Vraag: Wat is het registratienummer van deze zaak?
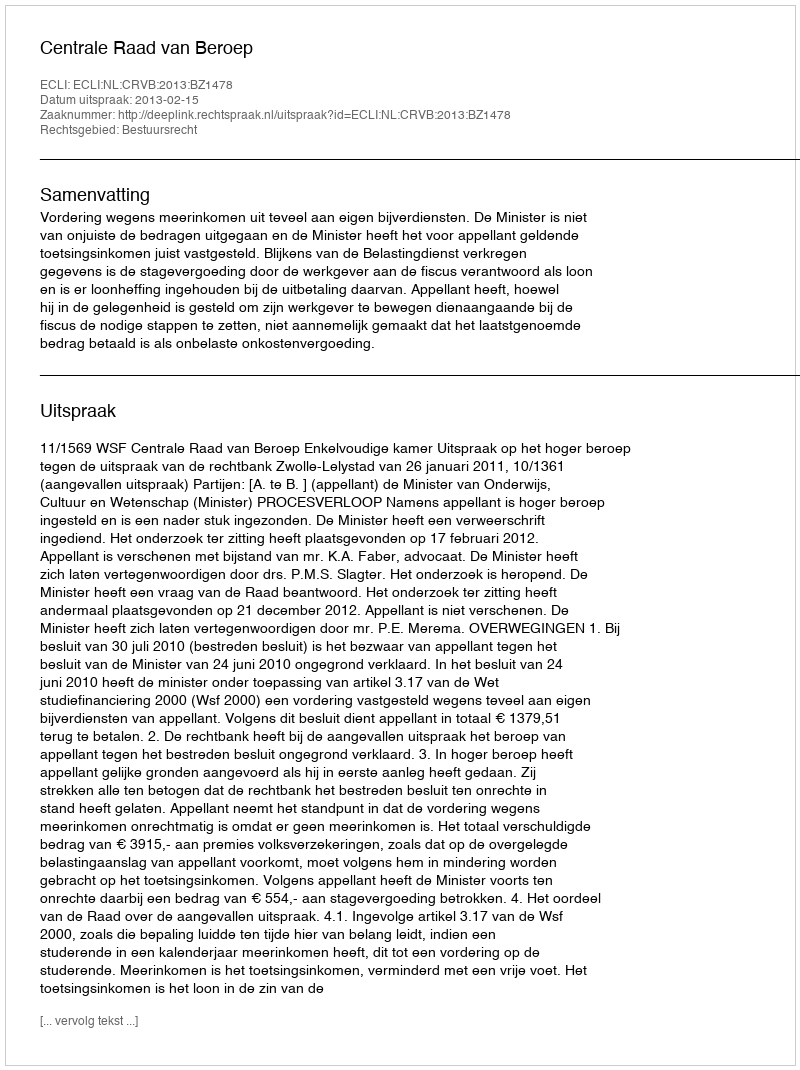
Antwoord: http://deeplink.rechtspraak.nl/uitspraak?id=ECLI:NL:CRVB:2013:BZ1478